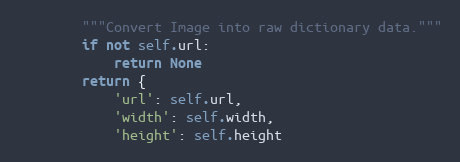
Language: Python
        """Convert Image into raw dictionary data."""
        if not self.url:
            return None
        return {
            'url': self.url,
            'width': self.width,
            'height': self.height